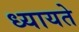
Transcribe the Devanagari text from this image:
ध्यायते